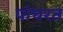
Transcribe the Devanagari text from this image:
पांघरत